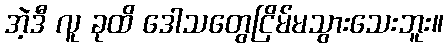
အဲ့ဒီ လူ ခုထိ ဒေါသတွေငြိမ်မသွားသေးဘူး။